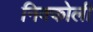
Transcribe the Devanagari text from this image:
निक्कोली